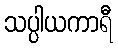
သပ္ပါယကာရီ